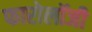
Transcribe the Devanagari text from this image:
फारोलॉजी